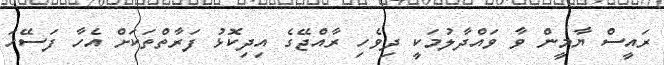
ރައީސް ޔާމީން ވާ ވައްދާލުމަކީ ދިވެހި ރާއްޖޭގެ އިދިކޮޅު ފަރާތްތަކަށް އެހާ ފަސޭހަ